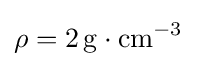
\rho =2\,{\rm {g\cdot cm^{-3}}}